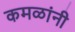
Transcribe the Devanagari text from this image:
कमळांनी